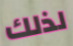
لذلك